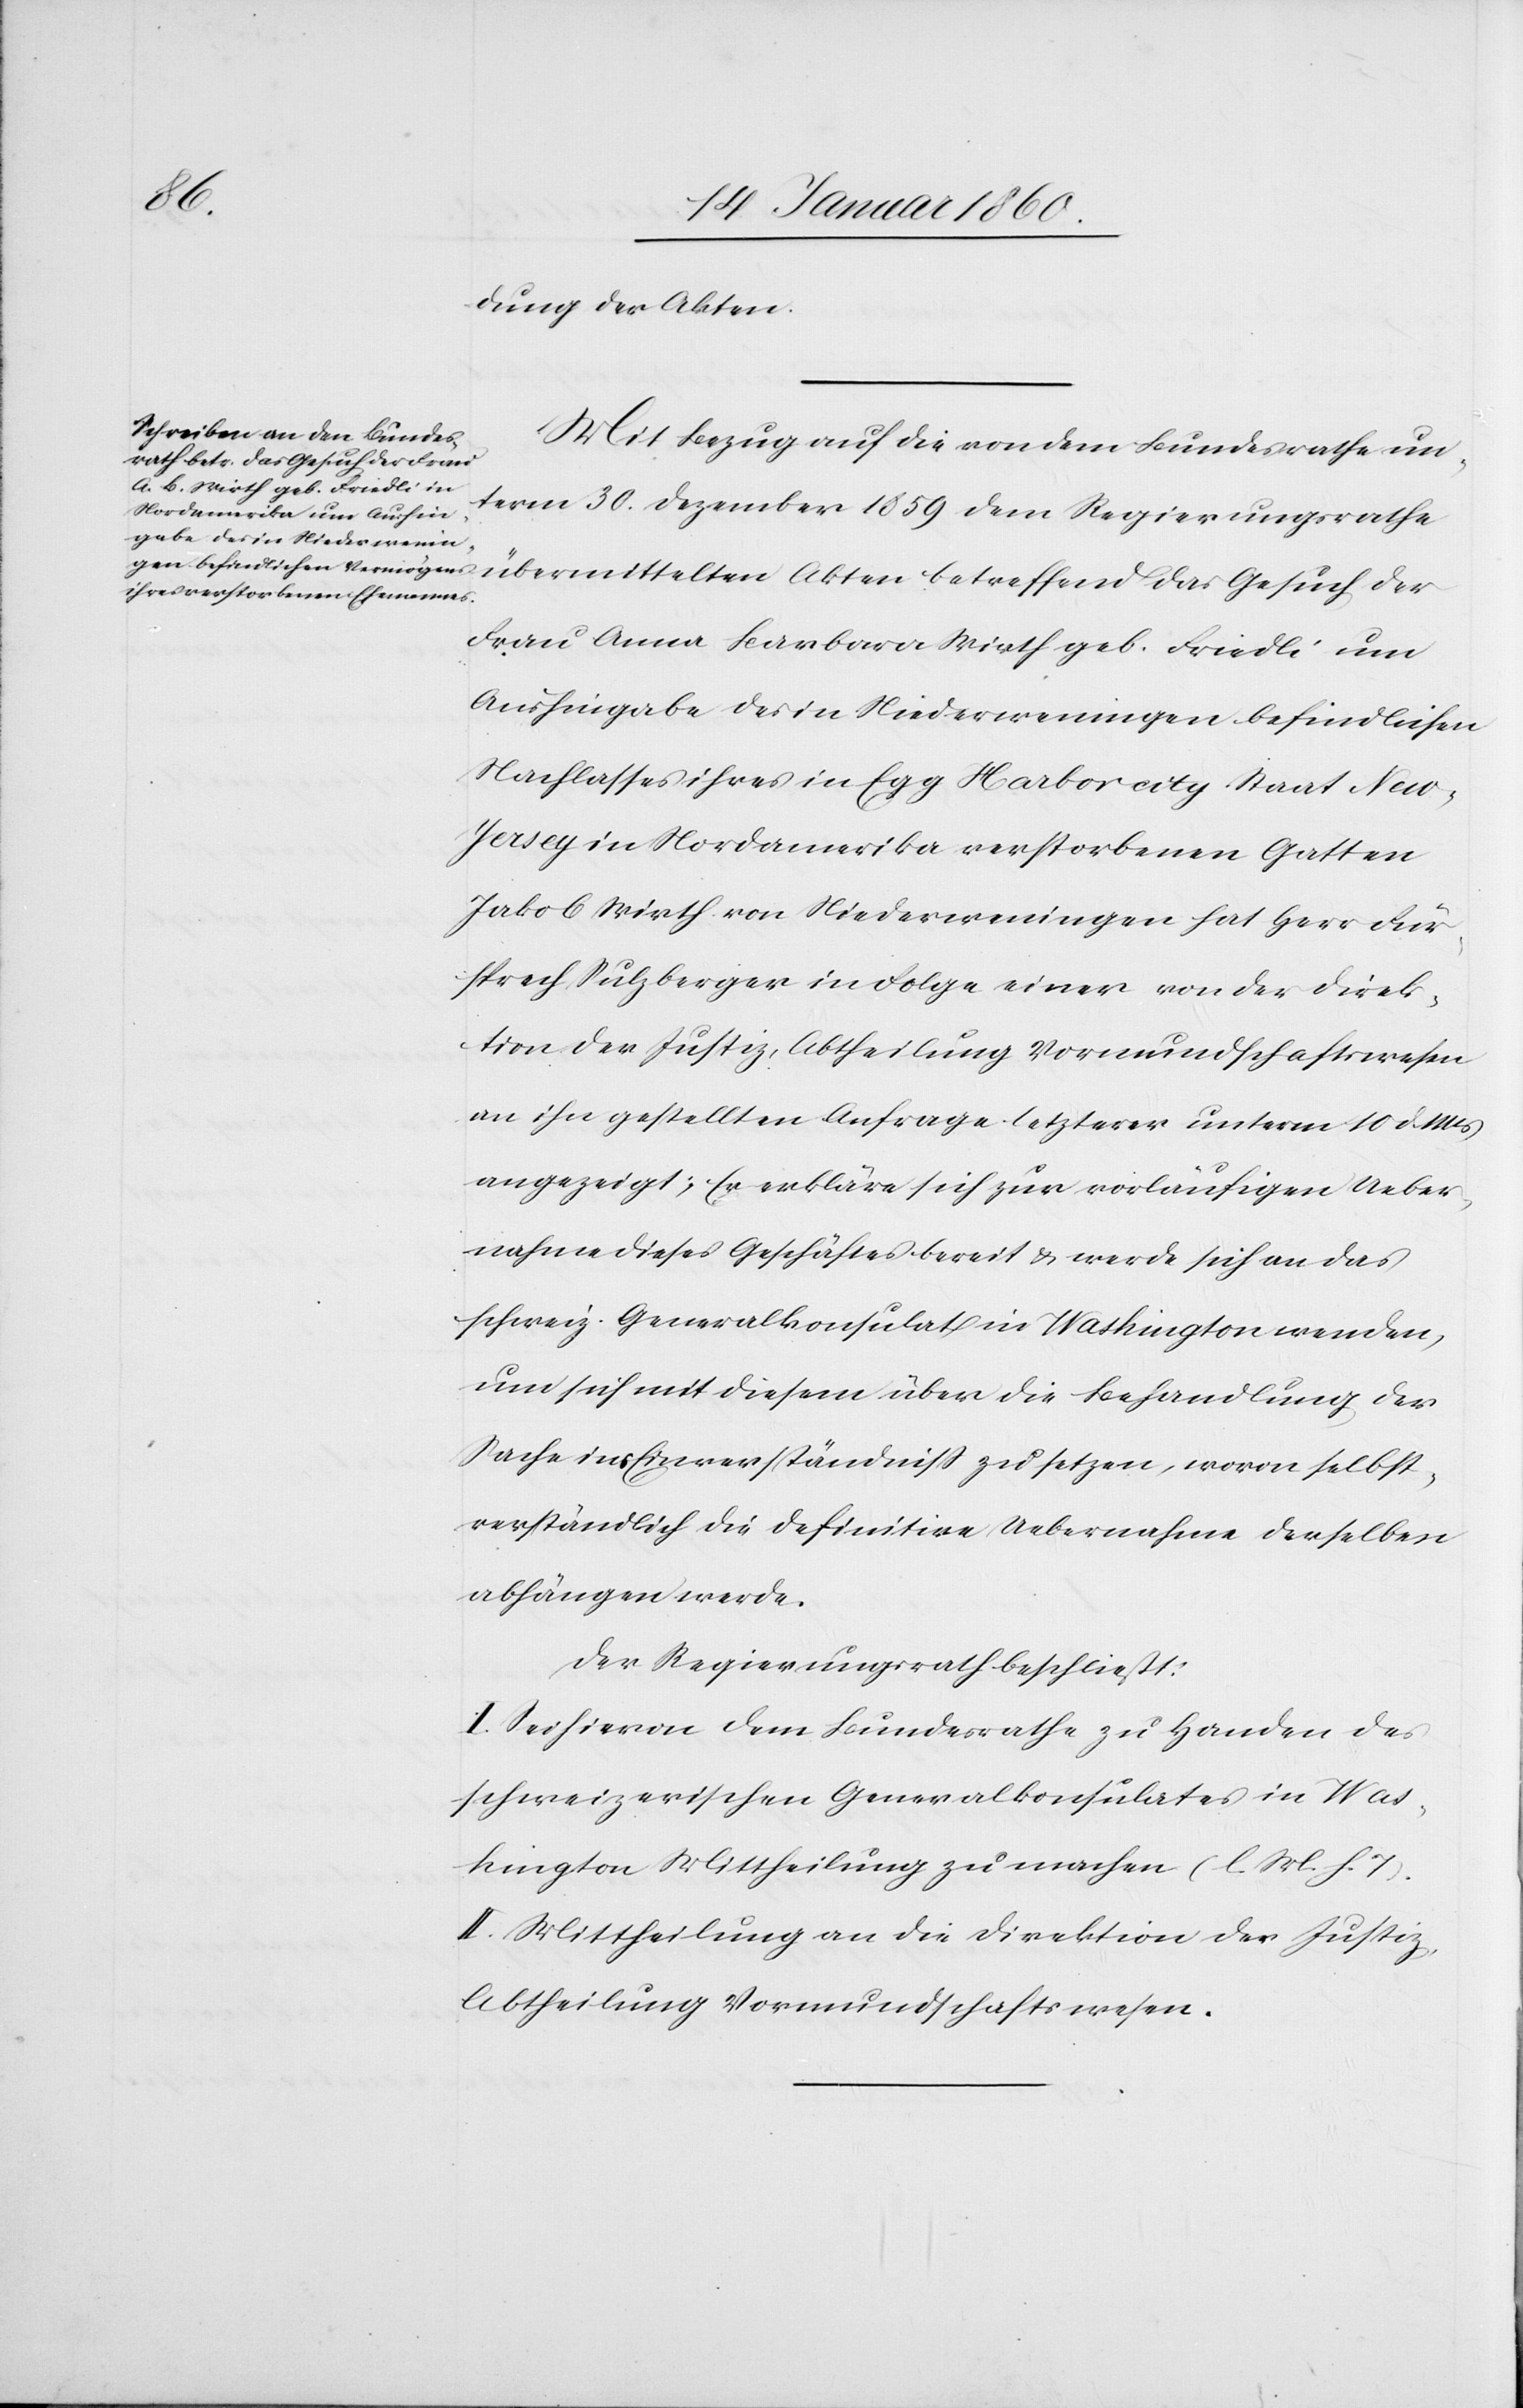
dung der Akten.
der
Mit Bezug auf die von dem Bundesrathe un¬
term 30. Dezember 1859 dem Regierungsrathe
Frau Anna Barbara Wirth geb. Friedli um
Aushingabe des in Niederweningen befindlichen
Nachlasses ihres in Egg Harborcity Staat New
Jersey in Nordamerika verstorbenen Gatten
Jakob Wirth von Niederweningen hat Herr Für¬
sprech Sulzberger in Folge einer von der Direk¬
tion der Justiz, Abtheilung Vormundschaftswesen
an ihn gestellten Anfrage letzterer unterm 10. d. M.
angezeigt; Er erkläre sich zur vorläufigen Ueber¬
nahme dieses Geschäftes bereit u. werde sich an das
schweiz. Generalkonsulat in Washington wenden,
und sich mit diesem über die Behandlung der
Sache ins Einverständniss zu setzen, wovon selbst¬
verständlich die definitive Uebernahme derselben
abhängen werde.
Der Regierungsrath beschließt:
I. Sei hiervon dem Bundesrathe zu Handen des
schweizerischen Generalkonsulates in Was¬
hington Mittheilung zu machen. [l. M. v. h.
II. Mittheilung an die Direktion der Justiz,
Abtheilung Vormundschaftswesen.